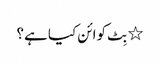
٭ بِٹ کوائن کیا ہے؟